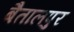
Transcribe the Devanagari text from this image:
बैतालपुर